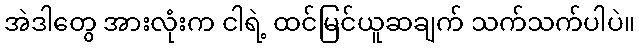
အဲဒါတွေ အားလုံးက ငါရဲ့ ထင်မြင်ယူဆချက် သက်သက်ပါပဲ။